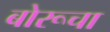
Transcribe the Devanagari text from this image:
बोरूचा